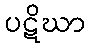
ပဋိဃာ